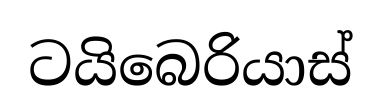
ටයිබෙරියාස්